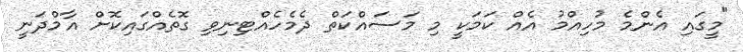
"މީގައި އެންމެ މުހިއްމު އެއް ކަމަކީ މި މަސައްކަތް ދެމެހެއްޓިނިވި ގޮތެއްގައިކޮށް އާމްދަނީ